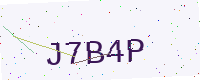
Text: J7B4P